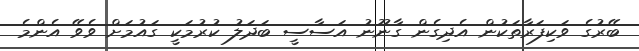
ބޭރުގެ ވަކިފަރާތަކުން އެދިގެން ގާނޫނު އަސާސީ ބަދަލު ކުރުމަކީ ގައުމަށް ވެވޭ އެންމެ